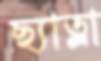
ছ্যাত্লা